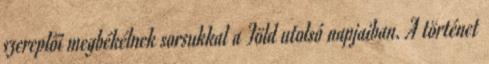
szereplői megbékélnek sorsukkal a Föld utolsó napjaiban. A történet